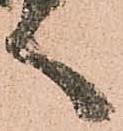
く